Medical and sanitary report of the native army of Bengal for the year
Year: 1878
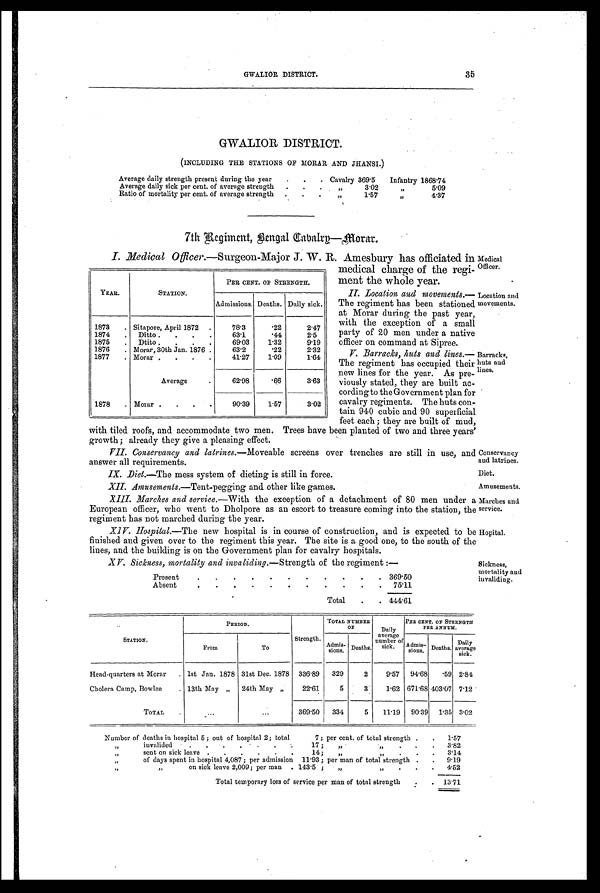
Conservancy
and latrines.
Diet.
Amusements.
Marches and
service.
Hopital.
GWALIOR DISTRICT.
35
GWALIOR DISTRICT.
(INCLUDING THE STATIONS OF MORAR AND JHANSI.)
Average daily strength present during the year .
. . Cavalry 369.5 Infantry 1868.74
Average daily sick per cent. of average strength . . . „
3.02
„
5.09
Ratio of mortality per cent. of average strength . . .
„
1.57
„
4.37
7th Regiment, Bengal Cavalry—Morar.
I. Medical Officer.—Surgeon-Major J. W. R. Amesbury has officiated in
medical charge of the regi
-ment the whole year.
II. Location and movements.
— T h e r e g i m e n t h a s b e e n s t a t i o n e d
at Morar during the past year,
with the exception of a small
party of 20 men under a native
officer on command at Sipree.
V. Barracks, huts and lines.
— T h e r e g i m e n t h a s o c c u p i e d t h e i r
new lines for the year. As pre
-viously stated, they are built ac
-cording to the Government plan for
cavalry regiments. The huts con
-tain 940 cubic and 90 superficial
feet each ; they are built of mud,
with tiled roofs, and accommodate two men. Trees have been planted of two and three years'
growth ; already they give a pleasing effect.
VII. Conservancy and latrines. —Moveable screens over trenches are still in use, and
answer all requirements.
IX. Diet.—The mess system of dieting is still in force.
XII. Amusements.— Tent-pegging and other like games.
XIII. Marches and service. —With the exception of a detachment of 80 men under a
European officer, who went to Dholpore as an escort to treasure coming into the station, the
regiment has not marched during the year.
XIV. Hospital.—The new hospital is in course of construction, and is expected to be
finished and given over to the regiment this year. The site is a good one, to the south of the
lines, and the building is on the Government plan for cavalry hospitals.
XV. Sickness, mortality and invaliding. —Strength of the regiment :—
Present
.
.
.
.
. . .
.
.
. . 369.50
Absent
.
. . .
. . .
.
.
.
. 75.11
Total .
. 444.61
YEAR.
STATION.
PER CENT. OF STRENGTH.
Admissions. Deaths. Daily sick.
1873 . Sitapore, April 1872 .
78.3
.22
2.47
1874 . Ditto . . . .
63.1
.44
2.5
1875 . Di tto . . . .
69.03
1.32
9.19
1876 . Morar, 30th Jan. 1876 .
63.2
.22
2.32
1877 . Morar . . . .
41.27
1.09
1.64
Average
62.98
.66
3.63
1878 . Morar . . . .
90.39
1.57
3.02
Medical
Officer.
Location and
movements.
Barracks,
huts and
lines.
Sickness,
mortality and
invaliding.
STATION.
P E R I O D .
Strength.
TOTAL NUMBER OF
Daily
average
number of s i c k .
PER CENT. OF STRENGTH
PER ANNUM.
From
To
Admis- s i o n s . Deaths.
Admis- sions. Deaths.
D a i l y a v e r a g e
sick.
Head-quarters at Morar . 1st Jan. 1878 31st Dec. 1878 336.89 329
2
9.57 94.68 .59 2.84
Cholera Camp, Bowlee
. 13th May „ 24th May „
22.61
5
3
1.62 671.68 403.07 7.12
TOTAL .
...
...
369.50 334
5 11.19 90.39 1.35 3.02
Number of deaths in hospital 5 ; out of hospital 2; total 7 ; per cent. of total strength . . 1.57
„
invalided
. . . . . . . . . 1 7 ; „ „
.
. 3 . 8 2
„
sent on sick leave . . . . . . 14 ; „
„
.
. 3.14
„
of days spent in hospital 4,087 ; per admission 11.93 ; per man of total strength . . 9.19
„
„
on sick leave 2,009; per man . 143.5 ;
„
„
4.52
Total temporary loss of service per man of total strength .
. 13.71